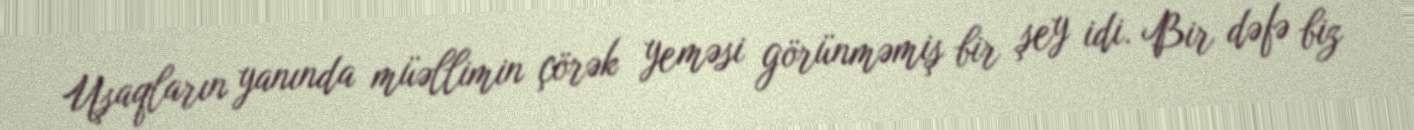
Uşaqların yanında müəllimin çörək yeməsi görünməmiş bir şey idi. Bir dəfə biz